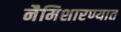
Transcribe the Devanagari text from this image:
नैमिशारण्यात